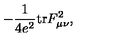
- \frac { 1 } { 4 e ^ { 2 } } \mathrm { t r } F _ { \mu \nu } ^ { 2 } ,